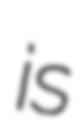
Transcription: is